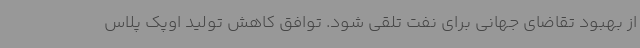
از بهبود تقاضای جهانی برای نفت تلقی شود. توافق کاهش تولید اوپک پلاس